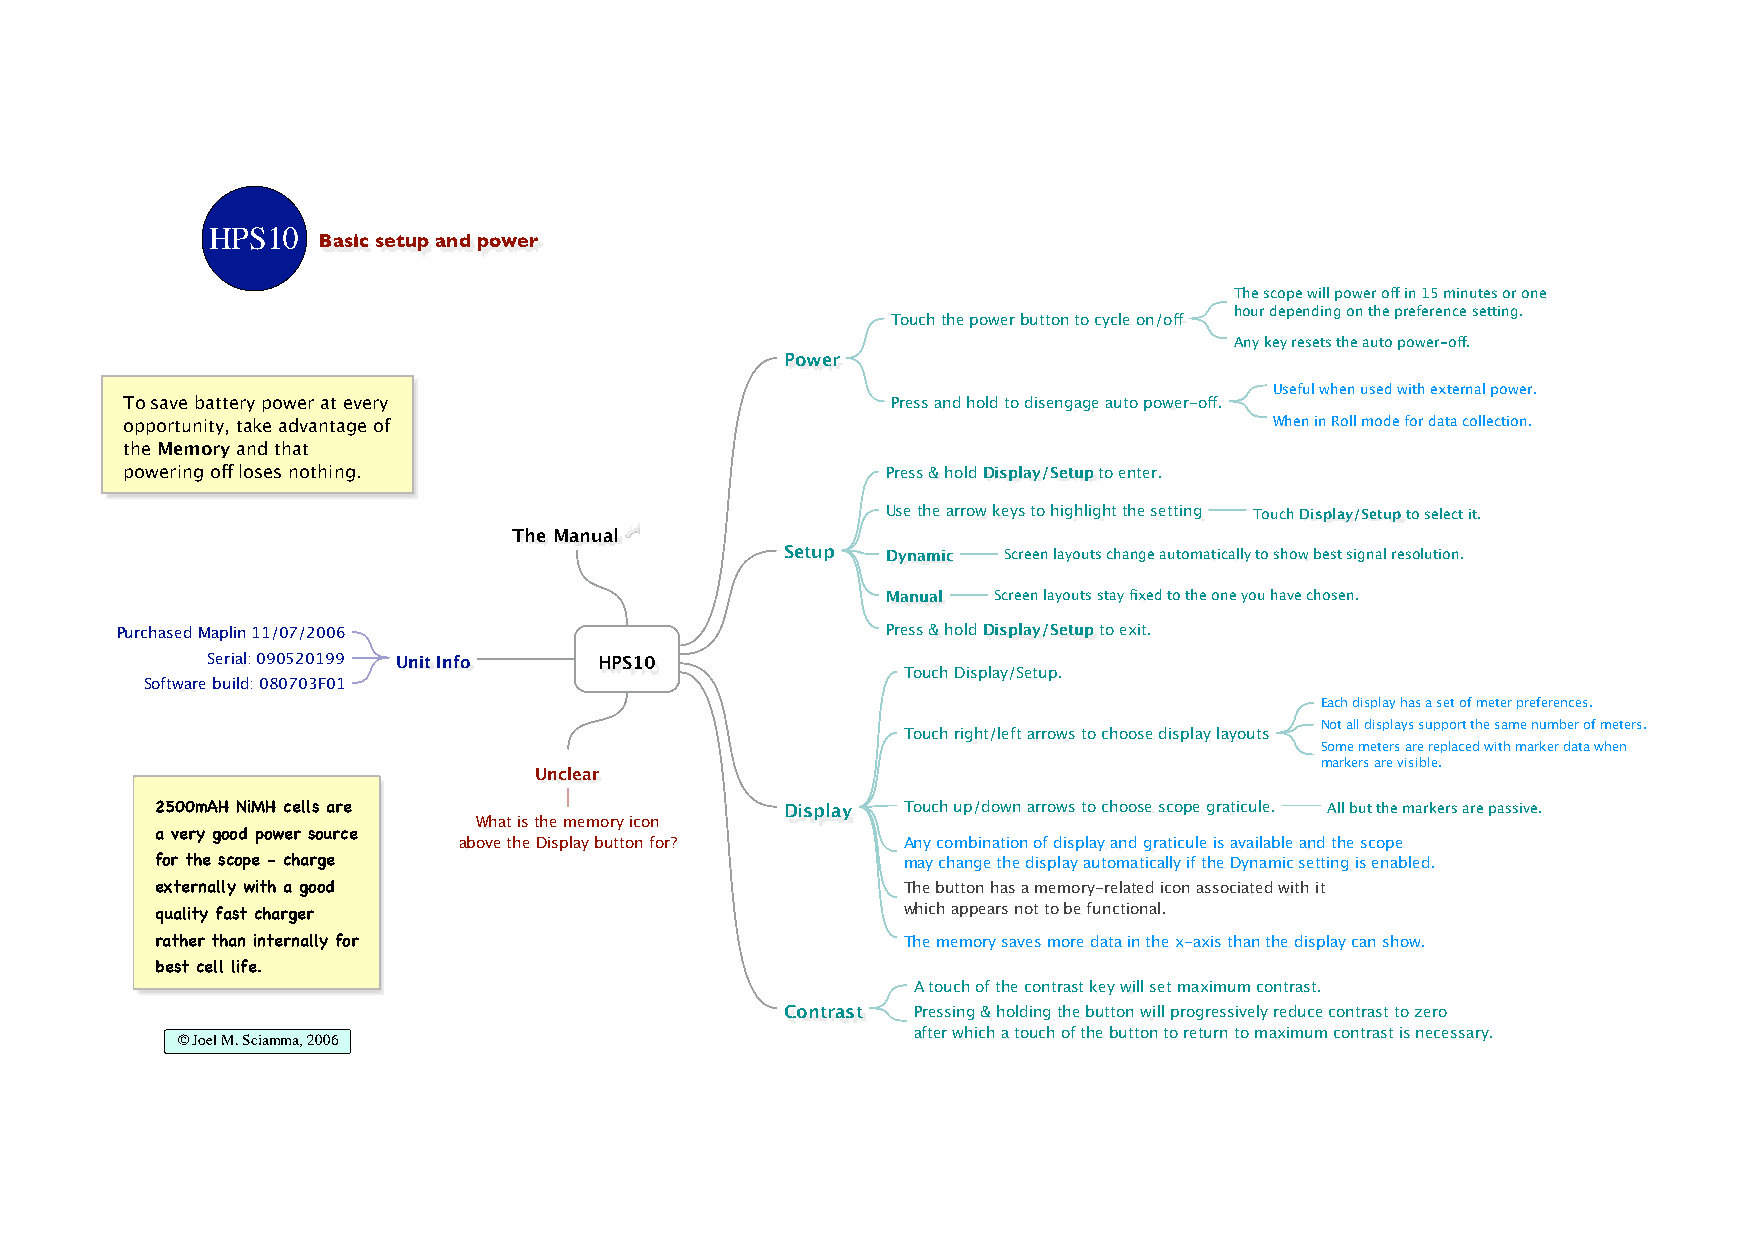
HPS10
 Basic setup and power
 The scope will power off in 15 minutes or one
 hour depending on the preference setting.
 Touch the power button to cycle on/off
 Any key resets the auto power-off.
 Power
 Useful when used with external power.
 To save battery power at every                     Press and hold to disengage auto power-off.
 opportunity, take advantage of                                              When in Roll mode for data collection.
 the Memory and that
 powering off loses nothing.                        Press & hold Display/Setup to enter.
 Use the arrow keys to highlight the setting Touch Display/Setup to select it.
 The Manual
 Setup  Dynamic Screen layouts change automatically to show best signal resolution.
 Manual Screen layouts stay fixed to the one you have chosen.
 Purchased Maplin 11/07/2006                        Press & hold Display/Setup to exit.
 Serial: 090520199 Unit Info HPS10
 Touch Display/Setup.
 Software build: 080703F01
 Each display has a set of meter preferences.
 Not all displays support the same number of meters.
 Touch right/left arrows to choose display layouts
 Some meters are replaced with marker data when
 markers are visible.
 Unclear
 2500mAH NiMH cells are                    Display Touch up/down arrows to choose scope graticule. All but the markers are passive.
 What is the memory icon
 a very good power source
 above the Display button for? Any combination of display and graticule is available and the scope
 for the scope - charge                            may change the display automatically if the Dynamic setting is enabled.
 externally with a good                            The button has a memory-related icon associated with it
 quality fast charger                              which appears not to be functional.
 rather than internally for                        The memory saves more data in the x-axis than the display can show.
 best cell life.
 A touch of the contrast key will set maximum contrast.
 Contrast Pressing & holding the button will progressively reduce contrast to zero
 after which a touch of the button to return to maximum contrast is necessary.
 © Joel M. Sciamma, 2006